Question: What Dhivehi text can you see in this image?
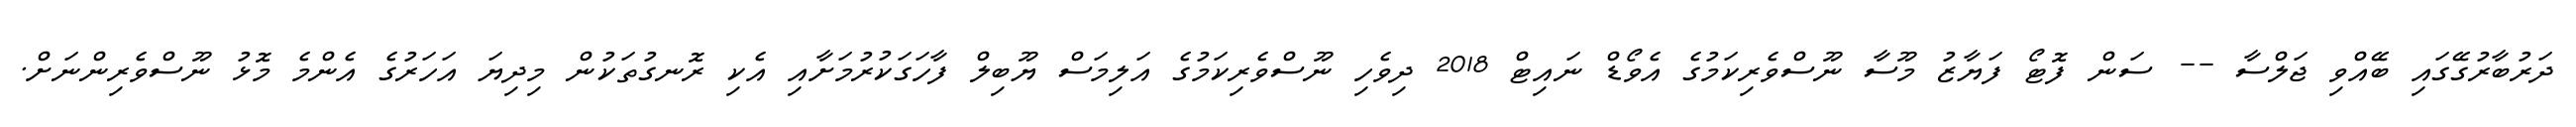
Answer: ދަރުބާރުގޭގައި ބޭއްވި ޖަލްސާ -- ސަން ފޮޓޯ ފަޔާޒު މޫސާ ނޫސްވެރިކަމުގެ އެވޯޑް ނައިޓް 2018 ދިވެހި ނޫސްވެރިކަމުގެ އަލިމަސް ޔޫބިލް ފާހަގަކުރުމަށާއި އެކި ރޮނގުތަކުން މިދިޔަ އަހަރުގެ އެންމެ މޮޅު ނޫސްވެރިންނަށް.